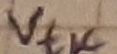
Text: Vtk